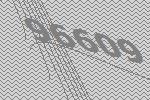
96609